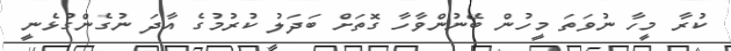
ކުރާ މީހާ ނުވަތަ މީހުން ބޭނުންވާހާ ގޮތަށް ބަދަލު ކުރުމުގެ އާދަ ނުގެންގުޅެނީ